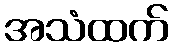
အသံထက်